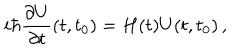
i \hbar \frac { \partial U } { \partial t } ( t , t _ { 0 } ) = H ( t ) U ( t , t _ { 0 } ) \, ,